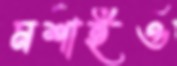
মশাইও